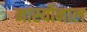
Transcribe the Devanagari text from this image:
नास्योनाल